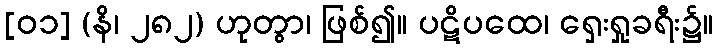
[၀၁] (နိ၊ ၂၈၂) ဟုတွာ၊ ဖြစ်၍။ ပဋိပထေ၊ ရှေးရှုခရီး၌။